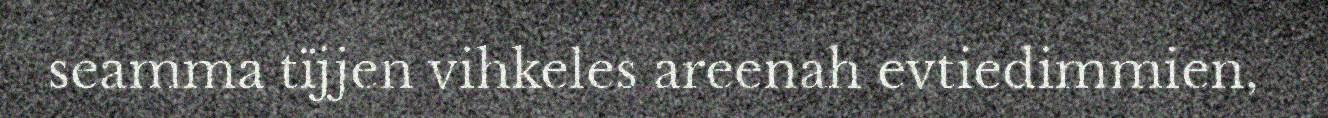
seamma tïjjen vihkeles areenah evtiedimmien,